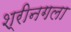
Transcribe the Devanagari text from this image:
श्रीनगला